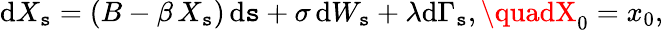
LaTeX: \mathrm{d}X_{\mathtt{s}}=(B-\beta\, X_{\mathtt{s}})\, \mathrm{d}\mathtt{s}+\sigma\, \mathrm{d}W_{\mathtt{s}}+\lambda\mathrm{d}\Gamma_{\mathtt{s}},\quadX_{0}=x_{0},